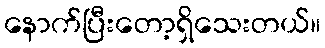
နောက်ပြီးတော့ရှိသေးတယ်။